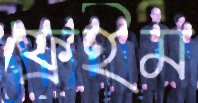
ফ্রেইম